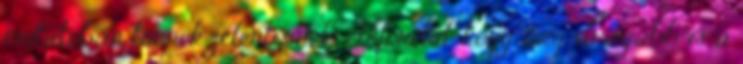
mutatóban tűnnek jelentősnek, előfordul, hogy még drágább is a